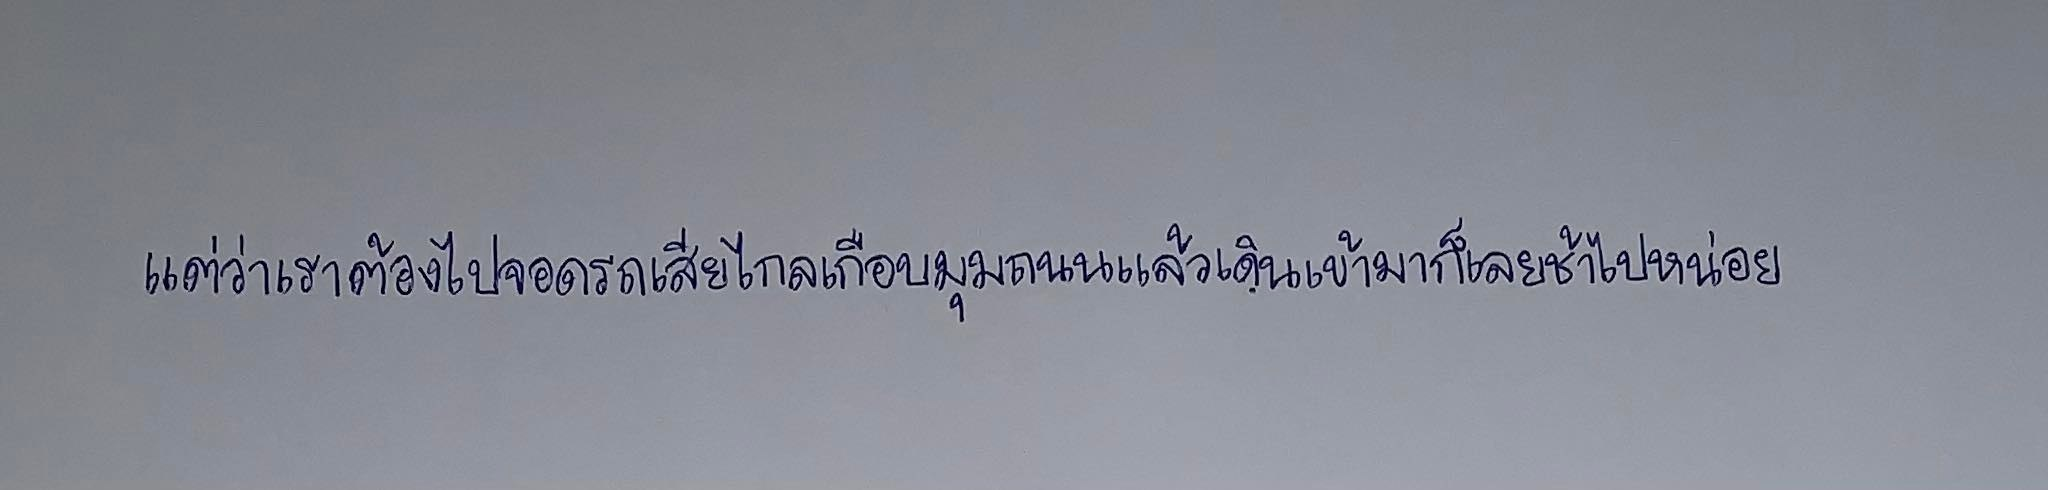
แต่ว่าเราต้องไปจอดรถเสียไกลเกือบมุมถนนแล้วเดินเข้ามาก็เลยช้าไปหน่อย